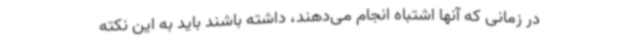
در زمانی که آنها اشتباه انجام می‌دهند، داشته باشند باید به این نکته